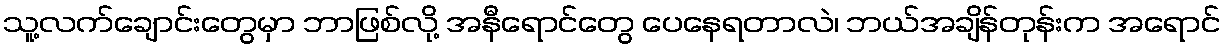
သူ့လက်ချောင်းတွေမှာ ဘာဖြစ်လို့ အနီရောင်တွေ ပေနေရတာလဲ၊ ဘယ်အချိန်တုန်းက အရောင်